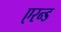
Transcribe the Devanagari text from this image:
एरन्ड